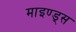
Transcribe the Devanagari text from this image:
माइण्ड्स